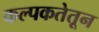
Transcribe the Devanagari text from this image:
कल्पकतेतून